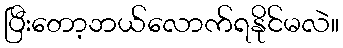
ပြီးတော့ဘယ်လောက်ရနိုင်မလဲ။